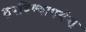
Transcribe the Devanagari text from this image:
ठरविण्यापर्यन्त